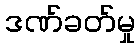
ဒဏ်ခတ်မှု